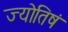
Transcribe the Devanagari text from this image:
ज्योतिषं